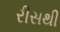
રીસથી